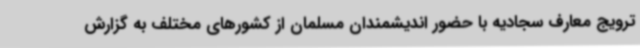
ترویج معارف سجادیه با حضور اندیشمندان مسلمان از کشورهای مختلف به گزارش